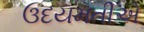
ઉદયમતીએ